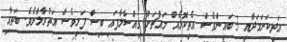
އަދިކަނަމަދާއި 3 ބައިންވެސް އެތިކޮޅެއް މައްޗަށް ވިއްސާލާފައި ބިސް ފަޅިވެސް އަތުރާލާށެވެ. ބަތާއި